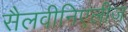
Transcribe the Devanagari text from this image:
सैलवीनिएलीज